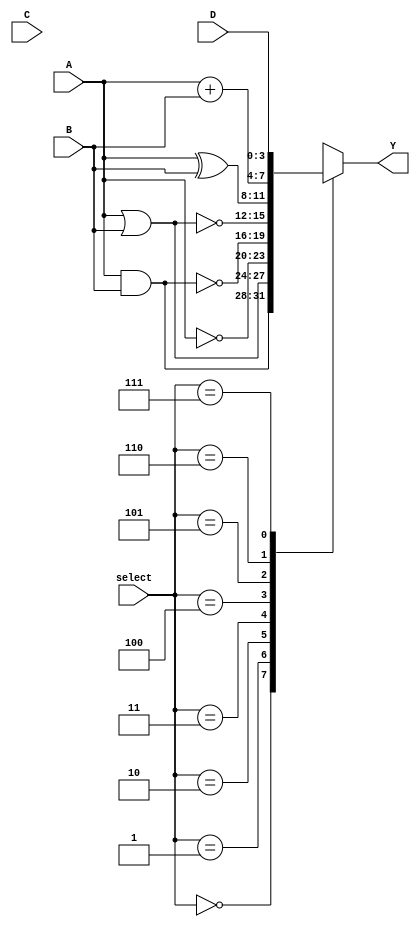
module combinational_logic_block #(
    parameter N = 4, // Number of bits for inputs
    parameter M = 4  // Number of bits for outputs
)(
    input  wire [N-1:0] A, // Input A
    input  wire [N-1:0] B, // Input B
    input  wire [N-1:0] C, // Input C (optional for more complex logic)
    input  wire [N-1:0] D, // Input D (optional for more complex logic)
    input  wire [2:0] select, // Select signal for choosing the operation
    output wire [M-1:0] Y // Output Y
);

// Define the operations based on the select signal
always @(*) begin
    case (select)
        3'b000: Y = A & B;         // AND operation
        3'b001: Y = A | B;         // OR operation
        3'b010: Y = ~A;            // NOT operation (only A)
        3'b011: Y = ~(A & B);      // NAND operation
        3'b100: Y = ~(A | B);      // NOR operation
        3'b101: Y = A ^ B;         // XOR operation
        3'b110: Y = A + B;         // ADD operation (if M > N, consider carry)
        3'b111: Y = {C, D};        // Concatenate C and D (example of custom logic)
        default: Y = {M{1'b0}};    // Default case (zero output)
    endcase
end

endmodule